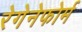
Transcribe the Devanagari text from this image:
रेगेनेफोर्म